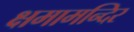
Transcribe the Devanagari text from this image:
क्षमामन्दिर